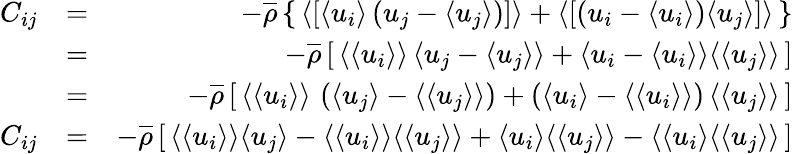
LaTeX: \begin{array}{rlr}{C_{ij}}&{=}&{-\overline{{\rho}}\left\{ \, \langle\left[{\langle u_{i}\rangle\left(u_{j}-\langle u_{j}\rangle\right)}\right]\rangle+\langle\left[{\left(u_{i}-\langle u_{i}\rangle\right)\langle u_{j}\rangle}\right]\rangle\, \right\} }\\ &{=}&{-\overline{{\rho}}\left[\, \langle\langle u_{i}\rangle\rangle\, \langle u_{j}-\langle u_{j}\rangle\rangle+\langle u_{i}-\langle u_{i}\rangle\rangle\langle\langle u_{j}\rangle\rangle\, \right]}\\ &{=}&{-\overline{{\rho}}\left[\, \langle\langle u_{i}\rangle\rangle\, \left(\langle u_{j}\rangle-\langle\langle u_{j}\rangle\rangle\right)+\left(\langle u_{i}\rangle-\langle\langle u_{i}\rangle\rangle\right)\, \langle\langle u_{j}\rangle\rangle\, \right]}\\ {C_{ij}}&{=}&{-\overline{{\rho}}\left[\, \langle\langle u_{i}\rangle\rangle\langle u_{j}\rangle-\langle\langle u_{i}\rangle\rangle\langle\langle u_{j}\rangle\rangle+\langle u_{i}\rangle\langle\langle u_{j}\rangle\rangle-\langle\langle u_{i}\rangle\langle\langle u_{j}\rangle\rangle\, \right]}\end{array}